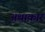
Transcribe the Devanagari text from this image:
अथाकार